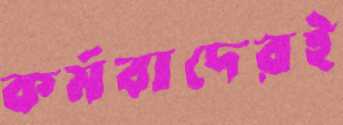
কর্মবাদেরই